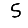
Digit: 5